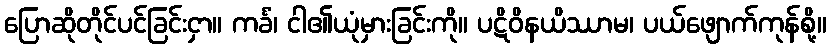
ပြောဆိုတိုင်ပင်ခြင်းငှာ။ ကင်္ခံ၊ ငါ၏ယုံမှားခြင်းကို။ ပဋိဝိနယိဿာမ၊ ပယ်ဖျောက်ကုန်စို့။